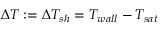
\Delta T : = \Delta T _ { s h } = T _ { w a l l } - T _ { s a t }